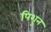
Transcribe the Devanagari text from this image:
पिशुन